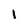
Character: 1